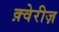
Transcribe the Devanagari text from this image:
क़्वेरीज़